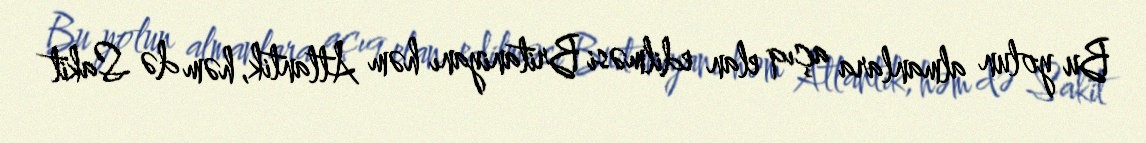
Bu yolun almanlara açıq elan edilməsi Britaniyanı həm Atlantik, həm də Sakit